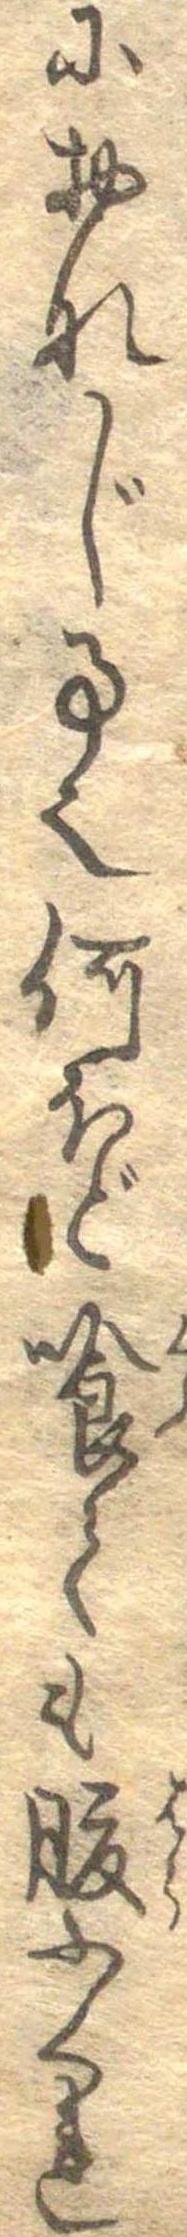
におなじ事也何ほど喰ても腹ふくれ